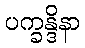
ပက္ခန္ဒိနာ